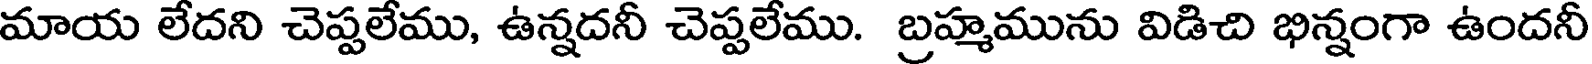
మాయ లేదని చెప్పలేము, ఉన్నదనీ చెప్పలేము. బ్రహ్మమును విడిచి భిన్నంగా ఉందనీ